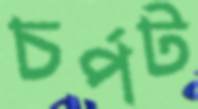
চর্পট